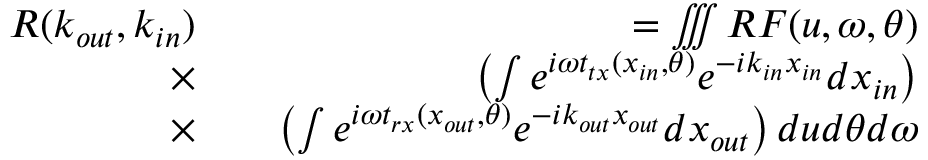
\begin{array} { r l r } { R ( k _ { o u t } , k _ { i n } ) } & { { } } & { = \iiint R F ( u , \omega , \theta ) } \\ { \times } & { { } } & { \left( \int { e ^ { i \omega t _ { t x } ( x _ { i n } , \theta ) } e ^ { - i k _ { i n } x _ { i n } } d x _ { i n } } \right) } \\ { \times } & { { } } & { \left( \int { e ^ { i \omega t _ { r x } ( x _ { o u t } , \theta ) } e ^ { - i k _ { o u t } x _ { o u t } } d x _ { o u t } } \right) d u d \theta d \omega } \end{array}